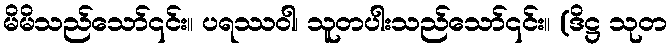
မိမိသည်သော်၎င်း။ ပရဿဝါ၊ သူတပါးသည်သော်၎င်း။ (ဒိဋ္ဌ သုတ